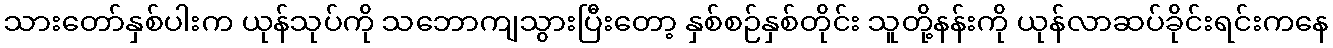
သားတော်နှစ်ပါးက ယုန်သုပ်ကို သဘောကျသွားပြီးတော့ နှစ်စဉ်နှစ်တိုင်း သူတို့နန်းကို ယုန်လာဆပ်ခိုင်းရင်းကနေ